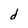
Character: d